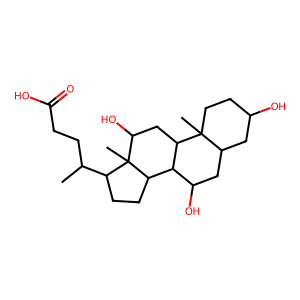
SMILES: CC(CCC(=O)O)C1CCC2C3C(O)CC4CC(O)CCC4(C)C3CC(O)C12C
Inhibits HIV replication: No